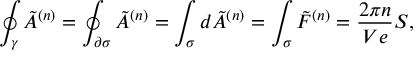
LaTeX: \oint _ { \gamma } \tilde { A } ^ { ( n ) } = \oint _ { \partial \sigma } \tilde { A } ^ { ( n ) } = \int _ { \sigma } d \tilde { A } ^ { ( n ) } = \int _ { \sigma } \tilde { F } ^ { ( n ) } = \frac { 2 \pi n } { V e } S ,